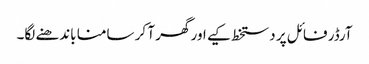
آرڈر فائل پر دستخط کیے اور گھر آ کر سامنا باندھنے لگا۔